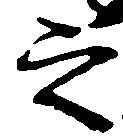
之